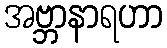
အဗ္ဘာနာရဟာ